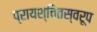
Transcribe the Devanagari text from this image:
प्रायश्चितस्वरूप